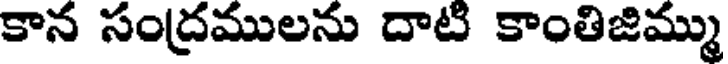
కాన సంద్రములను దాటి కాంతిజిమ్ము